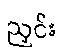
ညှင်း